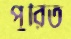
পুরিত